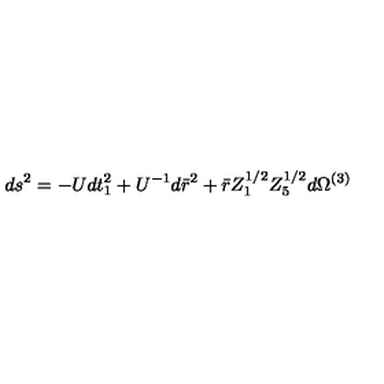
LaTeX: d s ^ { 2 } = - U d t _ { 1 } ^ { 2 } + U ^ { - 1 } d \bar { r } ^ { 2 } + \bar { r } Z _ { 1 } ^ { 1 / 2 } Z _ { 5 } ^ { 1 / 2 } d \Omega ^ { ( 3 ) }